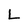
Character: L